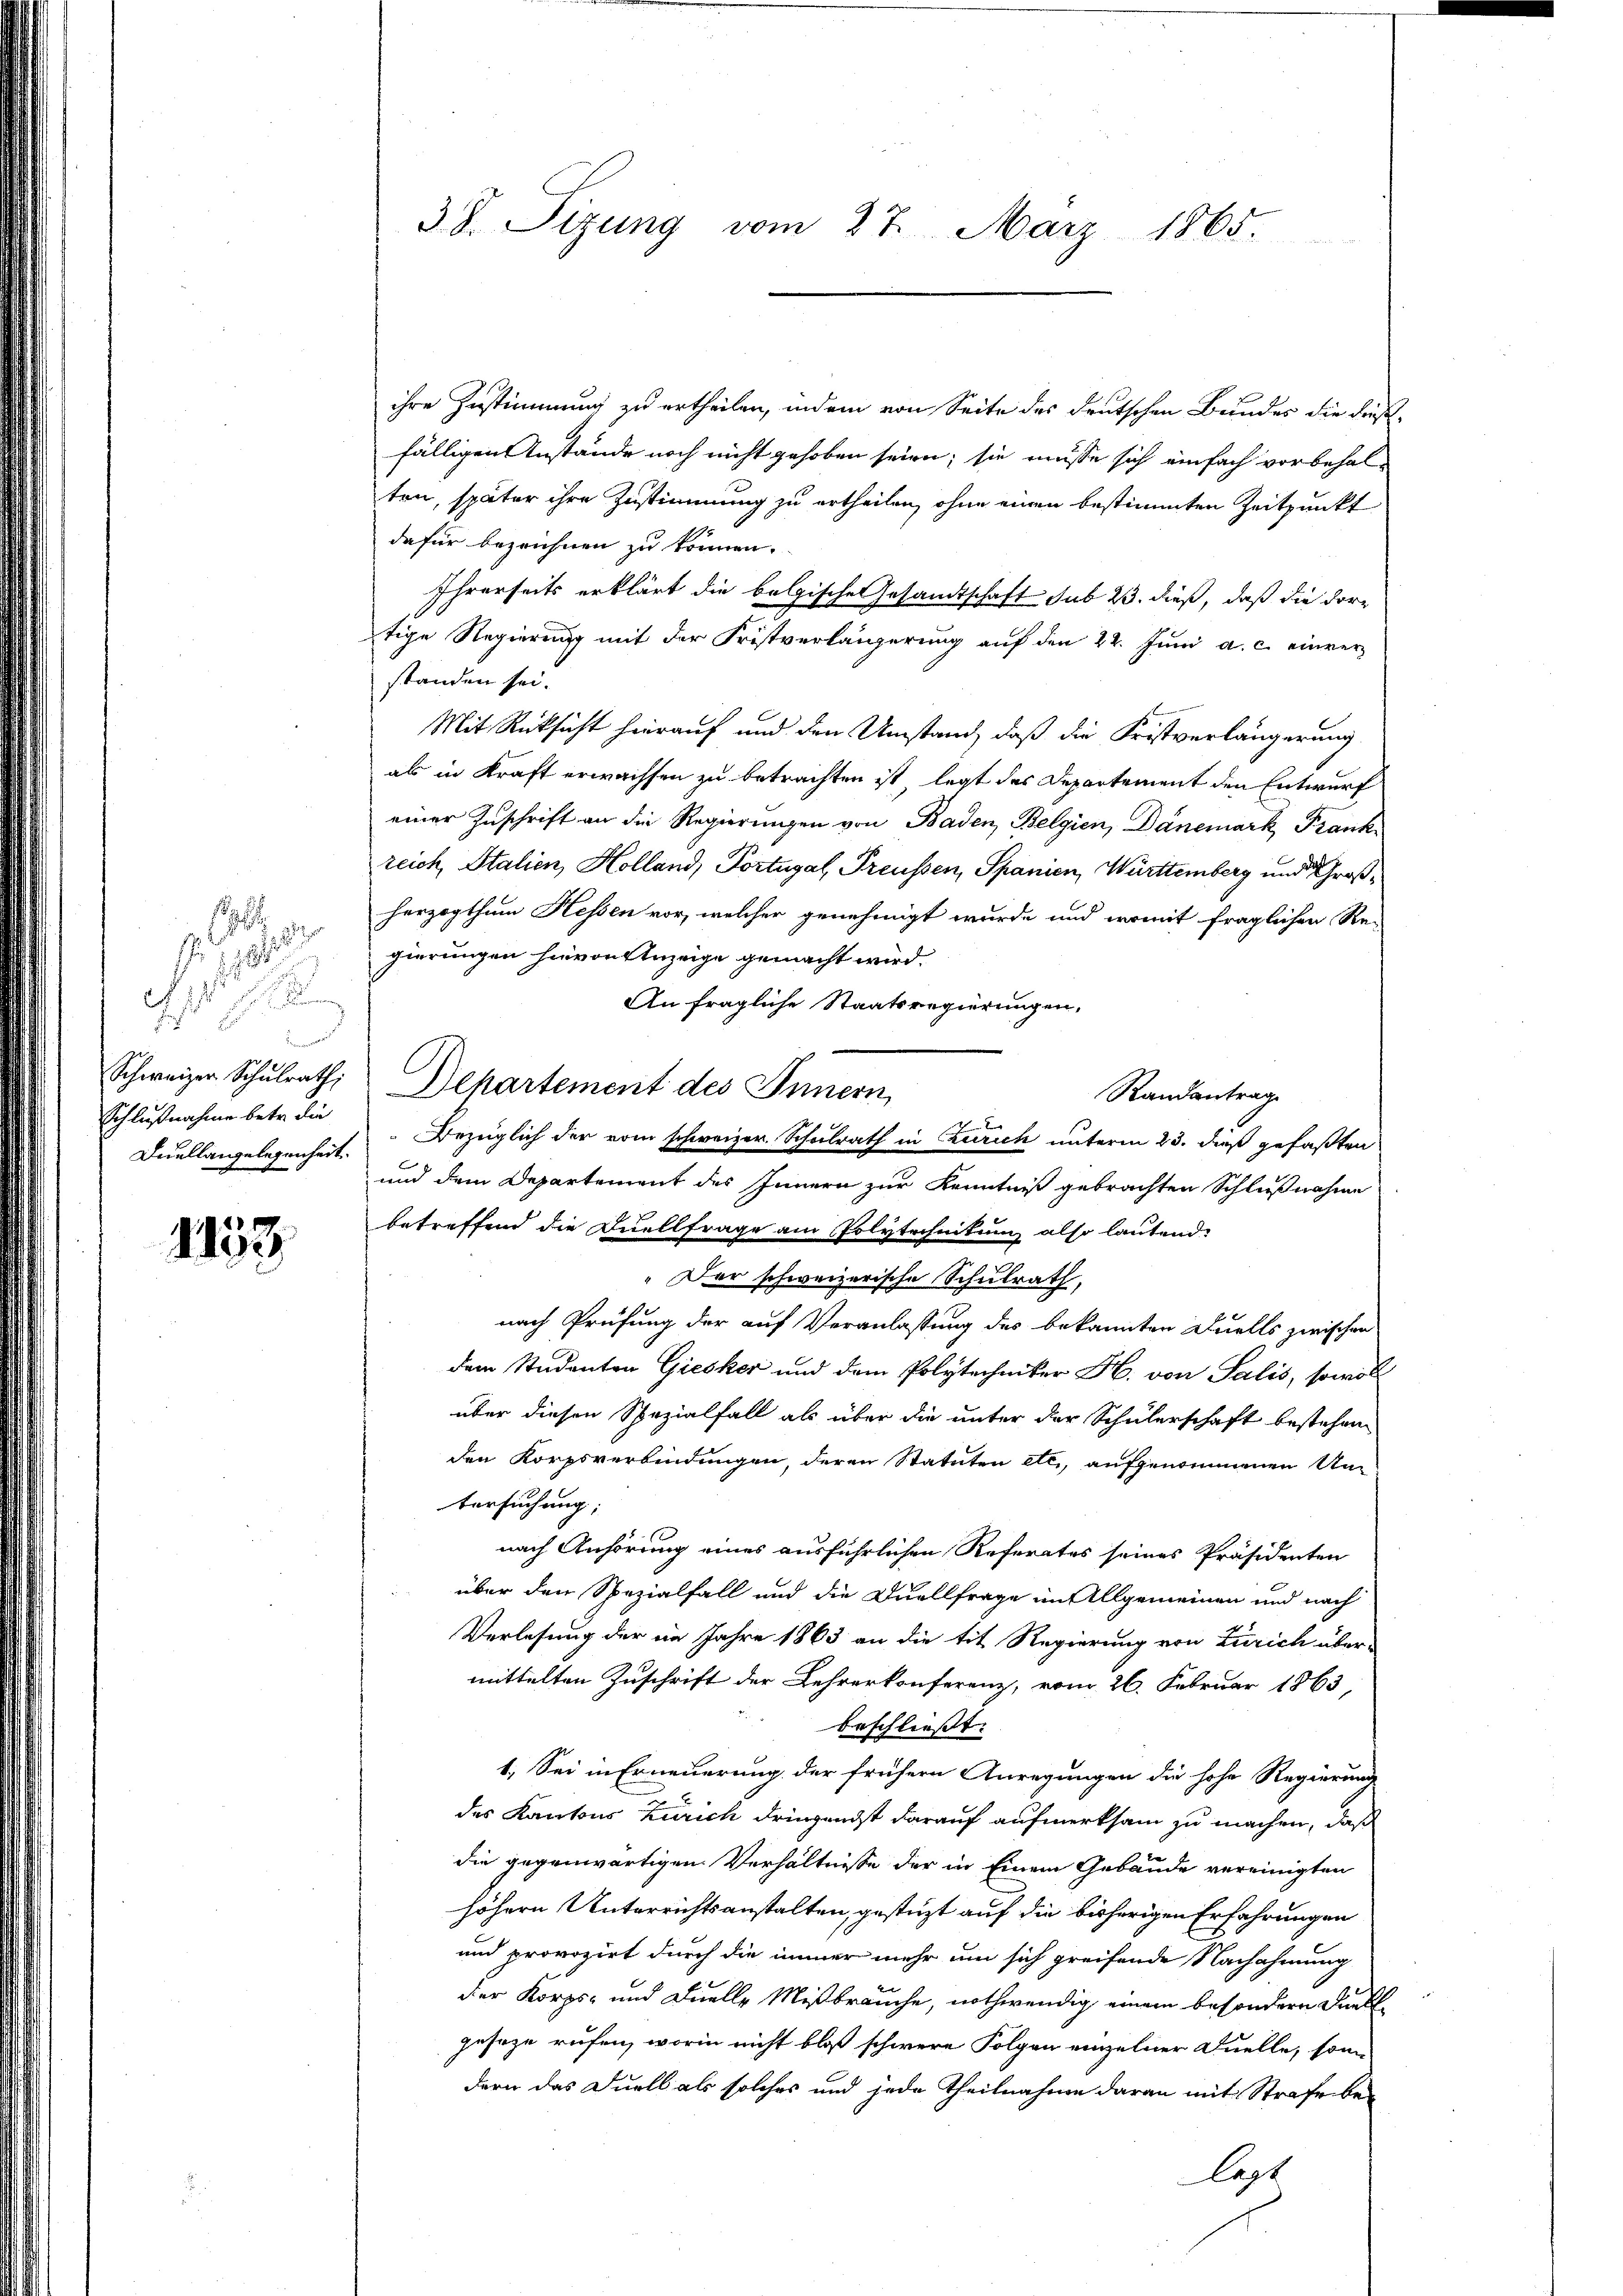
.

1 189
.

. J h e

Schweizer Schulrath,
Schlußnahme betr. die
Derellangelegenheit.

1138.

38. Sizung vom 27. März 1865.

ihre Zustimmung zu ertheilen, indem von Seite des deutschen Bundes die das-
fälligen Anstände noch nicht gehoben seien; sie müsse sich einfach vorbehal-
ten, später ihre Zustimmung zu ertheilen, ohne einen bestimmten Zeitpunkt
dafür bezeichnen zu können.
Ihrerseits erklärt die bolzische Gesandtschaft sub 23. dieß, daß die dortige Regierung mit der Fristverlängerung auf den 22. Juni a. c. einver
standen sei.
Mit Rücksicht hierauf und den Umstand, daß die Fristverlängerung
als in Kraft erwachsen zu betrachten ist, legt des Departement den Entwurf
einer Zuschrift an die Regierungen von Baden Belgien, Dänemark Frank
reich Italien, Holland, Portugal, Preussen, Spanien, Württemberg und Großherzogthum Hessen vor, welcher genehmigt wurde und womit fraglichen Re-
gierungen hievon Anzeige gemacht wird.
An fragliche Staatsregierungen,
Departement des Innern,
Randantrag
Bezüglich der vom schweizer. Schulrath in Zürich unterm 23. dieß gefaßten
und dem Departement des Innern zur Kenntniß gebrachten Schlußnahme
betreffend die Quellfrage am Polytechnikum also lautend.
" Der schweizerische Schulrath,
nach Prüfung der auf Veranlassung des bekannten Duells zwischen
dem Studenten Giesker und dem Polytechniker H. von Salis, sowoll
über diesen Spezialfall als über die unter der Schülerschaft bestehen
den Korpsverbindungen, deren Statuten etc., aufgenommenen Untersuchung;
nach Anhörung eines ausführlichen Referates seines Präsidenten
über den Spezialfall und die Duellfrage im Allgemeinen und nach
Verlesung der im Jahre 1863 an die tit. Regierung von Zürich über-
mittelten Zuschrift der Lehrerkonferenz, vom 26. Februar 1863,
beschließt:
1. Sei in Erneuerung der frühern Anregungen die hohe Regierunge
des Kantons Zürich dringendst darauf aufmerksam zu machen, daß
die gegenwärtigen Verhältnisse der in Einem Gebäude vereinigten
höhern Unterrichtsanstalten, gestüzt auf die bisherigen Erfahrungen
und provozirt durch die immer mehr um sich greifende Nachahmung
der Korps- und Duelle Mißbräuche, nothwendig einem besondern Funkt
geseze rufen, worin nicht bloß schwere Folgen einzelner Quelle, son
dern das Duell als solches und jede Theilnahme daran mit Strafe bei
legt